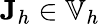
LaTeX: \mathbf{J}_{h}\in\mathbb{V}_{h}